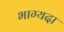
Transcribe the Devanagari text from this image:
भाग्यदा